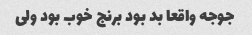
جوجه واقعا بد بود برنج خوب بود ولی